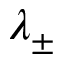
\lambda _ { \pm }